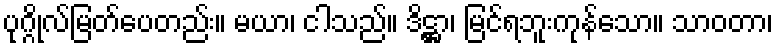
ပုဂ္ဂိုလ်မြတ်ပေတည်း။ မယာ၊ ငါသည်။ ဒိဋ္ဌာ၊ မြင်ရဘူးကုန်သော။ သာဝတာ၊